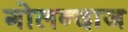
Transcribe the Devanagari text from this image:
गोलन्दाज